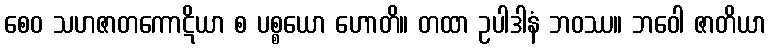
စေဝ သဟဇာတကောဋိယာ စ ပစ္စယော ဟောတိ။ တထာ ဥပါဒါနံ ဘဝဿ။ ဘဝေါ ဇာတိယာ